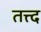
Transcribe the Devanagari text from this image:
तत्त्द